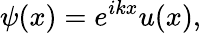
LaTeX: \psi(x)=e^{ikx}u(x),